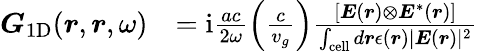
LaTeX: \begin{array}{rl}{\boldsymbol{G}_{\mathrm{1D}}(\boldsymbol{r},\boldsymbol{r},\omega)}&{=\mathrm{i}\frac{ac}{2\omega}\left(\frac{c}{v_{g}}\right)\frac{[\boldsymbol{E}(\boldsymbol{r})\otimes\boldsymbol{E}^{*}(\boldsymbol{r})]}{\int_{\mathrm{cell}}d\boldsymbol{r}\epsilon(\boldsymbol{r})\lvert\boldsymbol{E}(\boldsymbol{r})\rvert^{2}}}\end{array}